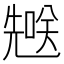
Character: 𪞄